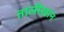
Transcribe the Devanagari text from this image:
तालीख़ान